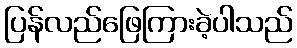
ပြန်လည်ဖြေကြားခဲ့ပါသည်